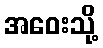
အဝေးသို့